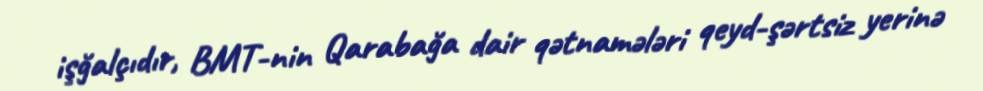
işğalçıdır, BMT-nin Qarabağa dair qətnamələri qeyd-şərtsiz yerinə